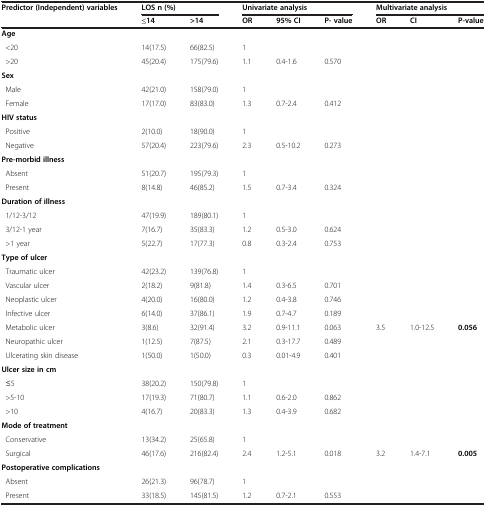
<table><thead><tr><td><b>Predictor (Independent) variables</b></td><td colspan="2"><b>LOS n (%)</b></td><td colspan="3"><b>Univariate analysis</b></td><td colspan="3"><b>Multivariate analysis</b></td></tr><tr><td><b> </b></td><td><b>≤14</b></td><td><b>&gt;14</b></td><td><b>OR</b></td><td><b>95% CI</b></td><td><b>P- value</b></td><td><b>OR</b></td><td><b>CI</b></td><td><b>P-value</b></td></tr></thead><tbody><tr><td><b>Age</b></td><td> </td><td> </td><td> </td><td> </td><td> </td><td> </td><td> </td><td> </td></tr><tr><td> &lt;20</td><td>14(17.5)</td><td>66(82.5)</td><td>1</td><td> </td><td> </td><td> </td><td> </td><td> </td></tr><tr><td> &gt;20</td><td>45(20.4)</td><td>175(79.6)</td><td>1.1</td><td>0.4-1.6</td><td>0.570</td><td> </td><td> </td><td> </td></tr><tr><td><b>Sex</b></td><td> </td><td> </td><td> </td><td> </td><td> </td><td> </td><td> </td><td> </td></tr><tr><td> Male</td><td>42(21.0)</td><td>158(79.0)</td><td>1</td><td> </td><td> </td><td> </td><td> </td><td> </td></tr><tr><td> Female</td><td>17(17.0)</td><td>83(83.0)</td><td>1.3</td><td>0.7-2.4</td><td>0.412</td><td> </td><td> </td><td> </td></tr><tr><td><b>HIV status</b></td><td> </td><td> </td><td> </td><td> </td><td> </td><td> </td><td> </td><td> </td></tr><tr><td> Positive</td><td>2(10.0)</td><td>18(90.0)</td><td>1</td><td> </td><td> </td><td> </td><td> </td><td> </td></tr><tr><td> Negative</td><td>57(20.4)</td><td>223(79.6)</td><td>2.3</td><td>0.5-10.2</td><td>0.273</td><td> </td><td> </td><td> </td></tr><tr><td><b>Pre-morbid illness</b></td><td> </td><td> </td><td> </td><td> </td><td> </td><td> </td><td> </td><td> </td></tr><tr><td> Absent</td><td>51(20.7)</td><td>195(79.3)</td><td>1</td><td> </td><td> </td><td> </td><td> </td><td> </td></tr><tr><td> Present</td><td>8(14.8)</td><td>46(85.2)</td><td>1.5</td><td>0.7-3.4</td><td>0.324</td><td> </td><td> </td><td> </td></tr><tr><td><b>Duration of illness</b></td><td> </td><td> </td><td> </td><td> </td><td> </td><td> </td><td> </td><td> </td></tr><tr><td> 1/12-3/12</td><td>47(19.9)</td><td>189(80.1)</td><td>1</td><td> </td><td> </td><td> </td><td> </td><td> </td></tr><tr><td> 3/12-1 year</td><td>7(16.7)</td><td>35(83.3)</td><td>1.2</td><td>0.5-3.0</td><td>0.624</td><td> </td><td> </td><td> </td></tr><tr><td> &gt;1 year</td><td>5(22.7)</td><td>17(77.3)</td><td>0.8</td><td>0.3-2.4</td><td>0.753</td><td> </td><td> </td><td> </td></tr><tr><td><b>Type of ulcer</b></td><td> </td><td> </td><td> </td><td> </td><td> </td><td> </td><td> </td><td> </td></tr><tr><td> Traumatic ulcer</td><td>42(23.2)</td><td>139(76.8)</td><td>1</td><td> </td><td> </td><td> </td><td> </td><td> </td></tr><tr><td> Vascular ulcer</td><td>2(18.2)</td><td>9(81.8)</td><td>1.4</td><td>0.3-6.5</td><td>0.701</td><td> </td><td> </td><td> </td></tr><tr><td> Neoplastic ulcer</td><td>4(20.0)</td><td>16(80.0)</td><td>1.2</td><td>0.4-3.8</td><td>0.746</td><td> </td><td> </td><td> </td></tr><tr><td> Infective ulcer</td><td>6(14.0)</td><td>37(86.1)</td><td>1.9</td><td>0.7-4.7</td><td>0.189</td><td> </td><td> </td><td> </td></tr><tr><td> Metabolic ulcer</td><td>3(8.6)</td><td>32(91.4)</td><td>3.2</td><td>0.9-11.1</td><td>0.063</td><td>3.5</td><td>1.0-12.5</td><td><b>0.056</b></td></tr><tr><td> Neuropathic ulcer</td><td>1(12.5)</td><td>7(87.5)</td><td>2.1</td><td>0.3-17.7</td><td>0.489</td><td> </td><td> </td><td> </td></tr><tr><td> Ulcerating skin disease</td><td>1(50.0)</td><td>1(50.0)</td><td>0.3</td><td>0.01-4.9</td><td>0.401</td><td> </td><td> </td><td> </td></tr><tr><td><b>Ulcer size in cm</b></td><td> </td><td> </td><td> </td><td> </td><td> </td><td> </td><td> </td><td> </td></tr><tr><td> ≤5</td><td>38(20.2)</td><td>150(79.8)</td><td>1</td><td> </td><td> </td><td> </td><td> </td><td> </td></tr><tr><td> &gt;5-10</td><td>17(19.3)</td><td>71(80.7)</td><td>1.1</td><td>0.6-2.0</td><td>0.862</td><td> </td><td> </td><td> </td></tr><tr><td> &gt;10</td><td>4(16.7)</td><td>20(83.3)</td><td>1.3</td><td>0.4-3.9</td><td>0.682</td><td> </td><td> </td><td> </td></tr><tr><td><b>Mode of treatment</b></td><td> </td><td> </td><td> </td><td> </td><td> </td><td> </td><td> </td><td> </td></tr><tr><td> Conservative</td><td>13(34.2)</td><td>25(65.8)</td><td>1</td><td> </td><td> </td><td> </td><td> </td><td> </td></tr><tr><td> Surgical</td><td>46(17.6)</td><td>216(82.4)</td><td>2.4</td><td>1.2-5.1</td><td>0.018</td><td>3.2</td><td>1.4-7.1</td><td><b>0.005</b></td></tr><tr><td><b>Postoperative complications</b></td><td> </td><td> </td><td> </td><td> </td><td> </td><td> </td><td> </td><td> </td></tr><tr><td> Absent</td><td>26(21.3)</td><td>96(78.7)</td><td>1</td><td> </td><td> </td><td> </td><td> </td><td> </td></tr><tr><td> Present</td><td>33(18.5)</td><td>145(81.5)</td><td>1.2</td><td>0.7-2.1</td><td>0.553</td><td> </td><td> </td><td> </td></tr></tbody></table>